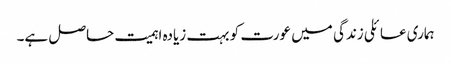
ہماری عائلی زندگی میں عورت کو بہت زیادہ اہمیت حاصل ہے۔